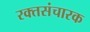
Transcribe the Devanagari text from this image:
रक्तसंचारक